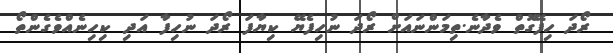
ރޯދަ ހިފޭގޮތް ވެދާނެ.ތިމަންނައަށް ރޯދަ ނުހިފެޔޭ ކިޔާފަ ރޯދަ ނުހިފާ އަދި ކިހިނެއްވެގެންތޯ